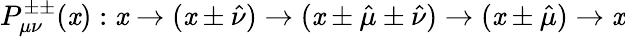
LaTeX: P_{\mu\nu}^{\pm\pm}(\mathit{x}):\mathit{x}\rightarrow(\mathit{x}\pm\hat{{\nu}})\rightarrow(\mathit{x}\pm\hat{{\mu}}\pm\hat{{\nu}})\rightarrow(\mathit{x}\pm\hat{{\mu}})\rightarrow\mathit{x}